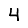
Digit: 4